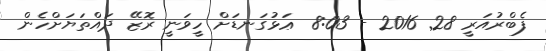
ފެބްރުއަރީ 28